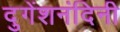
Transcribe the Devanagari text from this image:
दुगेंशनंदिनी